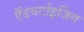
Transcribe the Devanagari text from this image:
ऍडवर्टाइजिंग